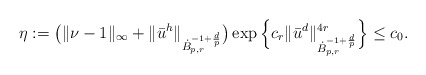
\begin{align*}\eta := \big( \| \nu - 1 \|_\infty + \|\bar{u}^h\|_{\dot{B}_{p,r}^{-1+\frac{d}{p}}}\big)\exp\Big\{ c_r \|\bar{u}^d\|_{\dot{B}_{p,r}^{-1+\frac{d}{p}}}^{4r} \Big\}\leq c_0.\end{align*}